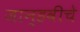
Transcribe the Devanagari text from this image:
जान्हवीचे